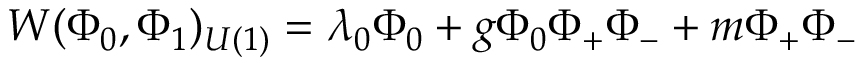
W ( \Phi _ { 0 } , \Phi _ { 1 } ) _ { U ( 1 ) } = \lambda _ { 0 } \Phi _ { 0 } + g \Phi _ { 0 } \Phi _ { + } \Phi _ { - } + m \Phi _ { + } \Phi _ { - }